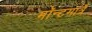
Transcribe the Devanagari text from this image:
मॉन्टमार्त्रे